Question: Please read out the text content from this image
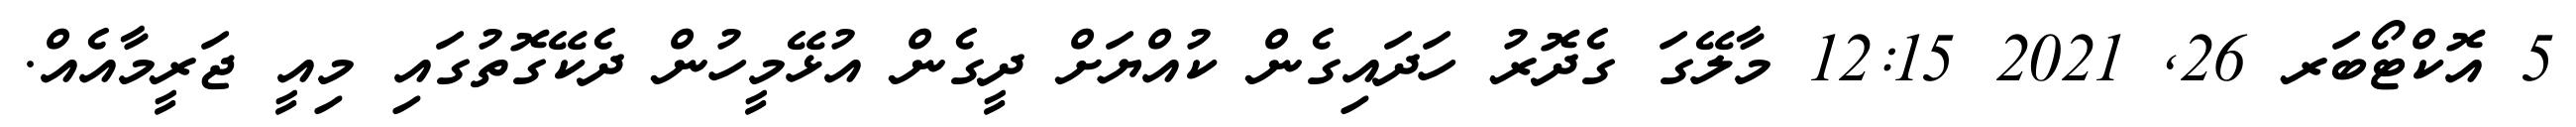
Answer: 5 އޮކްޓޯބަރ 26, 2021 12:15 މާލޭގަ ގެދޮރު ހަދައިގެން ކުއްޔަށް ދީގެން އުޅޭމީހުން ދެކޭގޮތުގައި މިއީ ޖަރީމާއެއް.